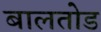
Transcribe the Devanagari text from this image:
बालतोड